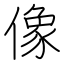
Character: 像